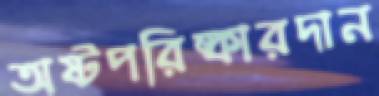
অষ্টপরিষ্কারদান